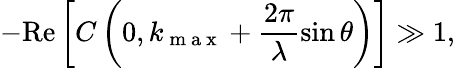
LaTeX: -\textrm{Re}\left[C\left(0,k_{\mathrm{~m~a~x~}}+\frac{2\pi}{\lambda}\sin\theta\right)\right]\gg 1,